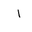
Letter: _alif